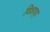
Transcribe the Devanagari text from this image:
विशद्ता